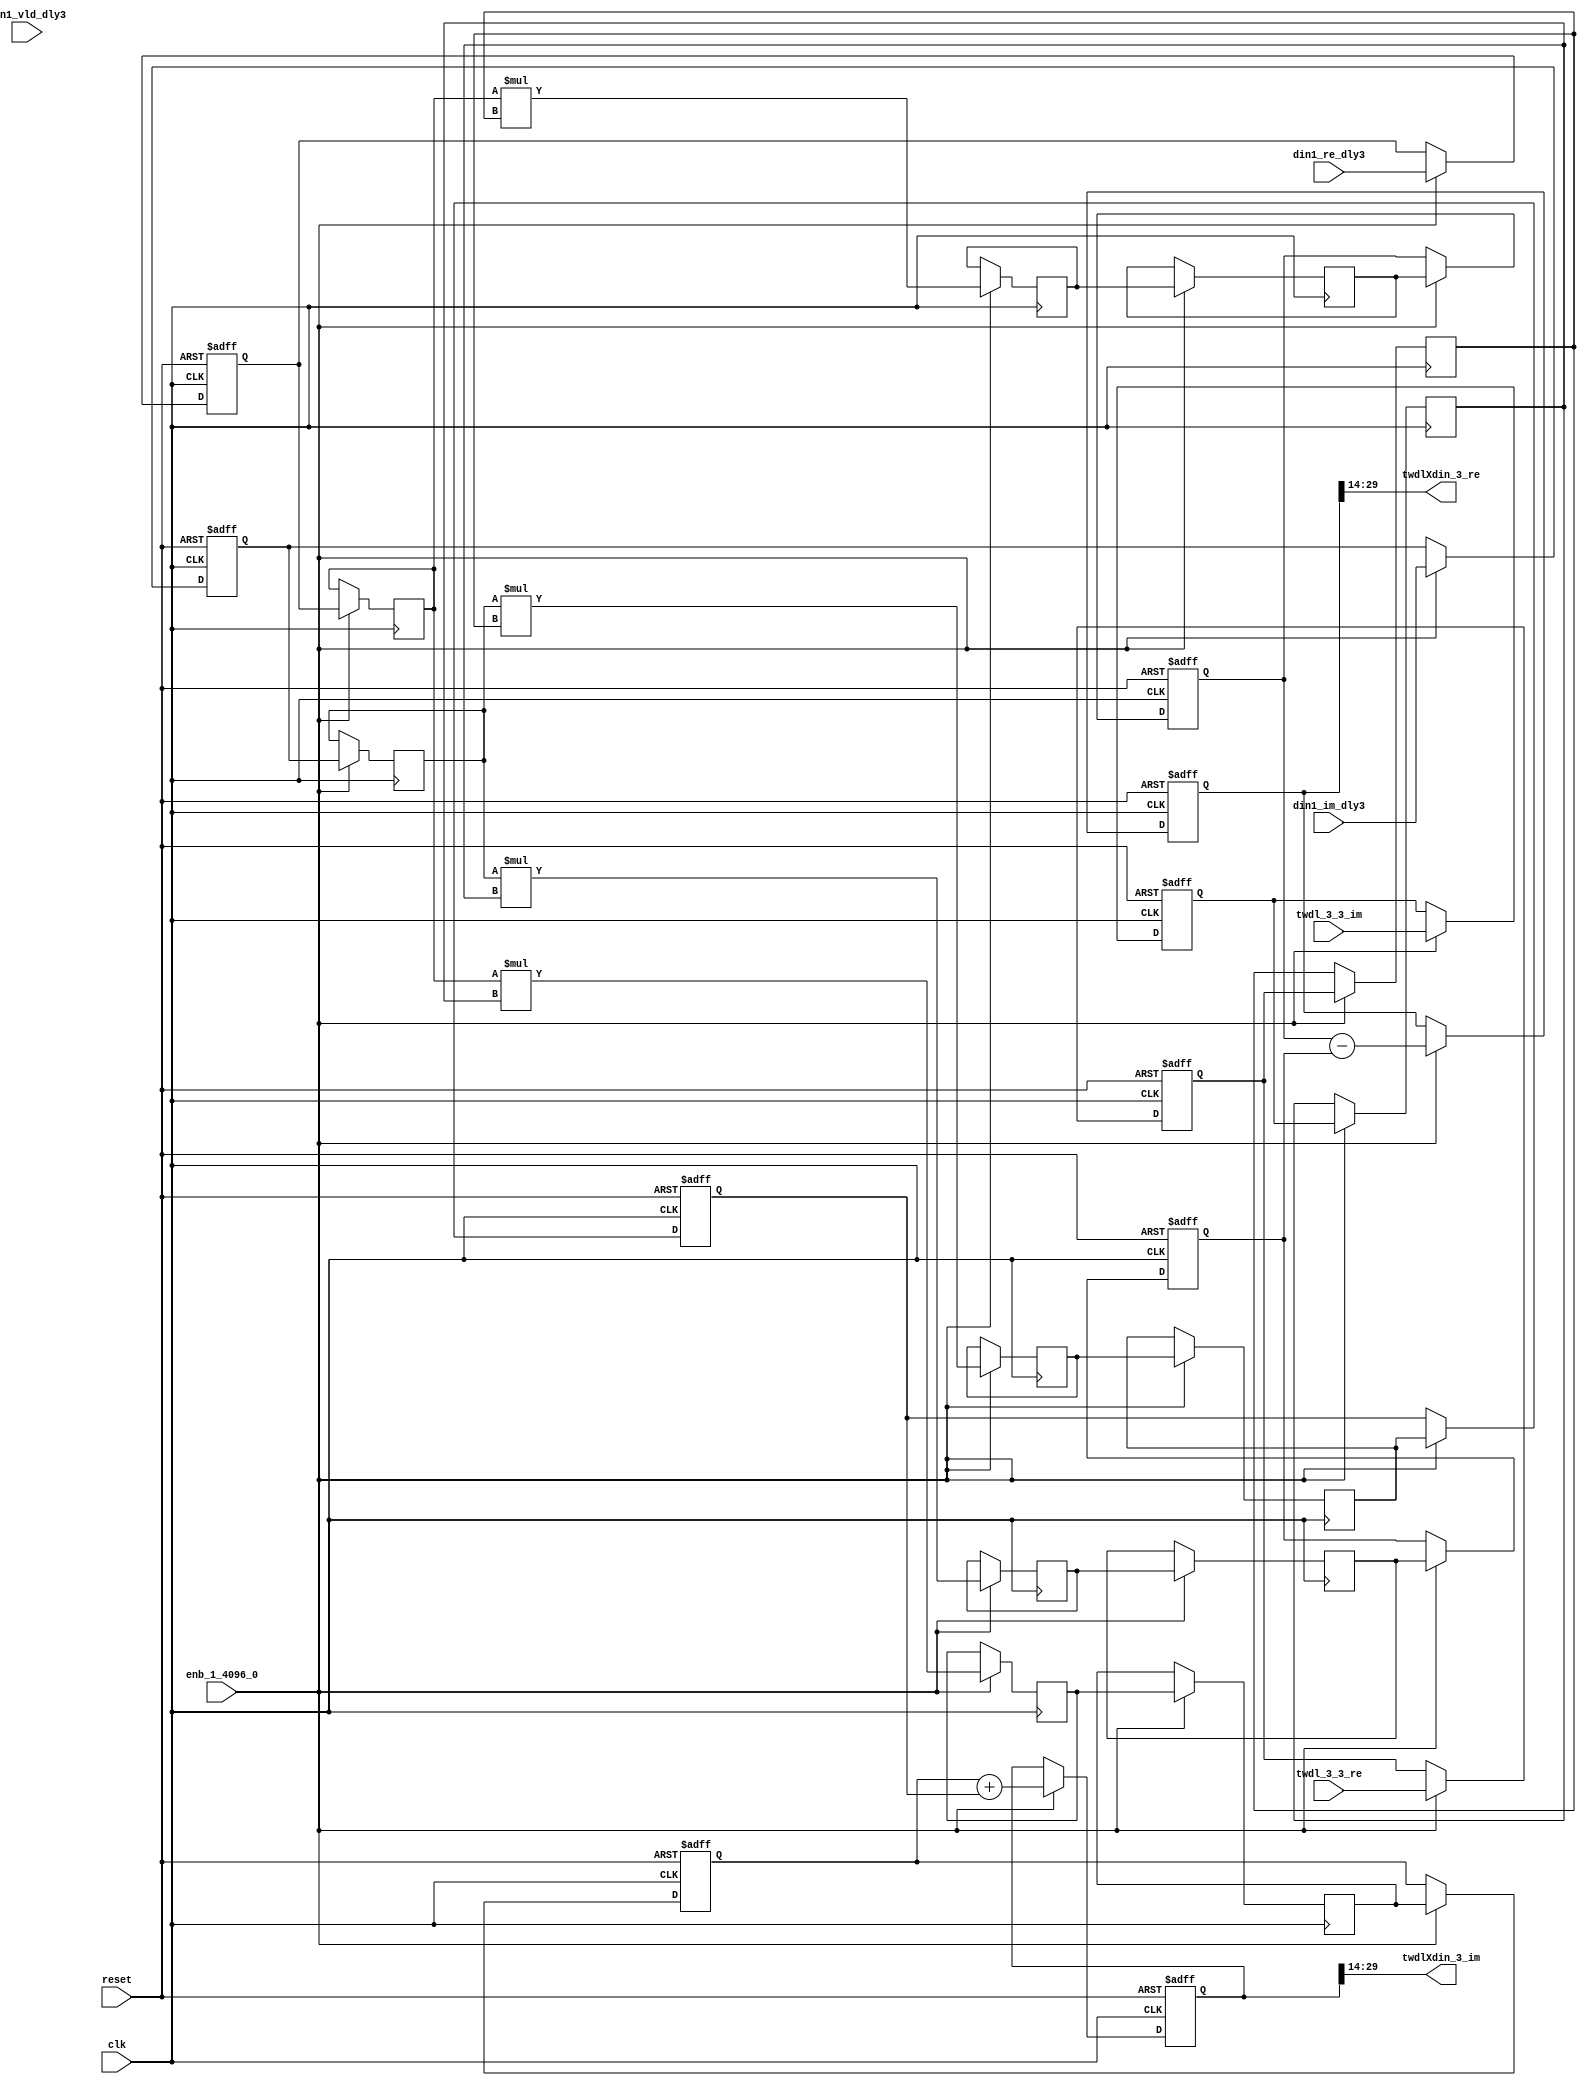
// -------------------------------------------------------------
// 
// 
// Generated by MATLAB 9.14 and HDL Coder 4.1
// 
// -------------------------------------------------------------


// -------------------------------------------------------------
// 
// Module: Complex4Multiply_block
// Source Path: dsphdl.IFFT/TWDLMULT_SDNF1_3/Complex4Multiply
// Hierarchy Level: 5
// 
// -------------------------------------------------------------

`timescale 1 ns / 1 ns

module Complex4Multiply_block
          (clk,
           reset,
           enb_1_4096_0,
           din1_re_dly3,
           din1_im_dly3,
           din1_vld_dly3,
           twdl_3_3_re,
           twdl_3_3_im,
           twdlXdin_3_re,
           twdlXdin_3_im);


  input   clk;
  input   reset;
  input   enb_1_4096_0;
  input   signed [15:0] din1_re_dly3;  // sfix16_En14
  input   signed [15:0] din1_im_dly3;  // sfix16_En14
  input   din1_vld_dly3;
  input   signed [15:0] twdl_3_3_re;  // sfix16_En14
  input   signed [15:0] twdl_3_3_im;  // sfix16_En14
  output  signed [15:0] twdlXdin_3_re;  // sfix16_En14
  output  signed [15:0] twdlXdin_3_im;  // sfix16_En14


  reg signed [15:0] din_re_reg;  // sfix16_En14
  reg signed [15:0] din_im_reg;  // sfix16_En14
  reg signed [15:0] twdl_re_reg;  // sfix16_En14
  reg signed [15:0] twdl_im_reg;  // sfix16_En14
  reg signed [15:0] Complex4Multiply_din1_re_pipe1;  // sfix16
  reg signed [15:0] Complex4Multiply_din1_im_pipe1;  // sfix16
  reg signed [31:0] Complex4Multiply_mult1_re_pipe1;  // sfix32
  reg signed [31:0] Complex4Multiply_mult2_re_pipe1;  // sfix32
  reg signed [31:0] Complex4Multiply_mult1_im_pipe1;  // sfix32
  reg signed [31:0] Complex4Multiply_mult2_im_pipe1;  // sfix32
  reg signed [15:0] Complex4Multiply_twiddle_re_pipe1;  // sfix16
  reg signed [15:0] Complex4Multiply_twiddle_im_pipe1;  // sfix16
  reg signed [31:0] prod1_re;  // sfix32_En28
  reg signed [31:0] prod1_im;  // sfix32_En28
  reg signed [31:0] prod2_re;  // sfix32_En28
  reg signed [31:0] prod2_im;  // sfix32_En28
  reg  din_vld_dly1;
  reg  din_vld_dly2;
  reg  din_vld_dly3;
  reg  prod_vld;
  reg signed [32:0] Complex4Add_multRes_re_reg;  // sfix33
  reg signed [32:0] Complex4Add_multRes_im_reg;  // sfix33
  reg  Complex4Add_prod_vld_reg1;
  reg signed [31:0] Complex4Add_prod1_re_reg;  // sfix32
  reg signed [31:0] Complex4Add_prod1_im_reg;  // sfix32
  reg signed [31:0] Complex4Add_prod2_re_reg;  // sfix32
  reg signed [31:0] Complex4Add_prod2_im_reg;  // sfix32
  wire signed [32:0] Complex4Add_multRes_re_reg_next;  // sfix33_En28
  wire signed [32:0] Complex4Add_multRes_im_reg_next;  // sfix33_En28
  wire signed [32:0] Complex4Add_sub_cast;  // sfix33_En28
  wire signed [32:0] Complex4Add_sub_cast_1;  // sfix33_En28
  wire signed [32:0] Complex4Add_add_cast;  // sfix33_En28
  wire signed [32:0] Complex4Add_add_cast_1;  // sfix33_En28
  wire signed [32:0] mulResFP_re;  // sfix33_En28
  wire signed [32:0] mulResFP_im;  // sfix33_En28
  reg  twdlXdin1_vld;

  initial begin
    Complex4Multiply_din1_re_pipe1 = 16'sb0000000000000000;
    Complex4Multiply_din1_im_pipe1 = 16'sb0000000000000000;
    Complex4Multiply_twiddle_re_pipe1 = 16'sb0000000000000000;
    Complex4Multiply_twiddle_im_pipe1 = 16'sb0000000000000000;
    Complex4Multiply_mult1_re_pipe1 = 32'sb00000000000000000000000000000000;
    Complex4Multiply_mult2_re_pipe1 = 32'sb00000000000000000000000000000000;
    Complex4Multiply_mult1_im_pipe1 = 32'sb00000000000000000000000000000000;
    Complex4Multiply_mult2_im_pipe1 = 32'sb00000000000000000000000000000000;
    prod1_re = 32'sb00000000000000000000000000000000;
    prod2_re = 32'sb00000000000000000000000000000000;
    prod1_im = 32'sb00000000000000000000000000000000;
    prod2_im = 32'sb00000000000000000000000000000000;
  end

  always @(posedge clk or posedge reset)
    begin : intdelay_process
      if (reset == 1'b1) begin
        din_re_reg <= 16'sb0000000000000000;
      end
      else begin
        if (enb_1_4096_0) begin
          din_re_reg <= din1_re_dly3;
        end
      end
    end



  always @(posedge clk or posedge reset)
    begin : intdelay_1_process
      if (reset == 1'b1) begin
        din_im_reg <= 16'sb0000000000000000;
      end
      else begin
        if (enb_1_4096_0) begin
          din_im_reg <= din1_im_dly3;
        end
      end
    end



  always @(posedge clk or posedge reset)
    begin : intdelay_2_process
      if (reset == 1'b1) begin
        twdl_re_reg <= 16'sb0000000000000000;
      end
      else begin
        if (enb_1_4096_0) begin
          twdl_re_reg <= twdl_3_3_re;
        end
      end
    end



  always @(posedge clk or posedge reset)
    begin : intdelay_3_process
      if (reset == 1'b1) begin
        twdl_im_reg <= 16'sb0000000000000000;
      end
      else begin
        if (enb_1_4096_0) begin
          twdl_im_reg <= twdl_3_3_im;
        end
      end
    end



  // Complex4Multiply
  always @(posedge clk)
    begin : Complex4Multiply_process
      if (enb_1_4096_0) begin
        prod1_re <= Complex4Multiply_mult1_re_pipe1;
        prod2_re <= Complex4Multiply_mult2_re_pipe1;
        prod1_im <= Complex4Multiply_mult1_im_pipe1;
        prod2_im <= Complex4Multiply_mult2_im_pipe1;
        Complex4Multiply_mult1_re_pipe1 <= Complex4Multiply_din1_re_pipe1 * Complex4Multiply_twiddle_re_pipe1;
        Complex4Multiply_mult2_re_pipe1 <= Complex4Multiply_din1_im_pipe1 * Complex4Multiply_twiddle_im_pipe1;
        Complex4Multiply_mult1_im_pipe1 <= Complex4Multiply_din1_re_pipe1 * Complex4Multiply_twiddle_im_pipe1;
        Complex4Multiply_mult2_im_pipe1 <= Complex4Multiply_din1_im_pipe1 * Complex4Multiply_twiddle_re_pipe1;
        Complex4Multiply_twiddle_re_pipe1 <= twdl_re_reg;
        Complex4Multiply_twiddle_im_pipe1 <= twdl_im_reg;
        Complex4Multiply_din1_re_pipe1 <= din_re_reg;
        Complex4Multiply_din1_im_pipe1 <= din_im_reg;
      end
    end



  always @(posedge clk or posedge reset)
    begin : intdelay_4_process
      if (reset == 1'b1) begin
        din_vld_dly1 <= 1'b0;
      end
      else begin
        if (enb_1_4096_0) begin
          din_vld_dly1 <= din1_vld_dly3;
        end
      end
    end



  always @(posedge clk or posedge reset)
    begin : intdelay_5_process
      if (reset == 1'b1) begin
        din_vld_dly2 <= 1'b0;
      end
      else begin
        if (enb_1_4096_0) begin
          din_vld_dly2 <= din_vld_dly1;
        end
      end
    end



  always @(posedge clk or posedge reset)
    begin : intdelay_6_process
      if (reset == 1'b1) begin
        din_vld_dly3 <= 1'b0;
      end
      else begin
        if (enb_1_4096_0) begin
          din_vld_dly3 <= din_vld_dly2;
        end
      end
    end



  always @(posedge clk or posedge reset)
    begin : intdelay_7_process
      if (reset == 1'b1) begin
        prod_vld <= 1'b0;
      end
      else begin
        if (enb_1_4096_0) begin
          prod_vld <= din_vld_dly3;
        end
      end
    end



  // Complex4Add
  always @(posedge clk or posedge reset)
    begin : Complex4Add_process
      if (reset == 1'b1) begin
        Complex4Add_multRes_re_reg <= 33'sh000000000;
        Complex4Add_multRes_im_reg <= 33'sh000000000;
        Complex4Add_prod1_re_reg <= 32'sb00000000000000000000000000000000;
        Complex4Add_prod1_im_reg <= 32'sb00000000000000000000000000000000;
        Complex4Add_prod2_re_reg <= 32'sb00000000000000000000000000000000;
        Complex4Add_prod2_im_reg <= 32'sb00000000000000000000000000000000;
        Complex4Add_prod_vld_reg1 <= 1'b0;
        twdlXdin1_vld <= 1'b0;
      end
      else begin
        if (enb_1_4096_0) begin
          Complex4Add_multRes_re_reg <= Complex4Add_multRes_re_reg_next;
          Complex4Add_multRes_im_reg <= Complex4Add_multRes_im_reg_next;
          Complex4Add_prod1_re_reg <= prod1_re;
          Complex4Add_prod1_im_reg <= prod1_im;
          Complex4Add_prod2_re_reg <= prod2_re;
          Complex4Add_prod2_im_reg <= prod2_im;
          twdlXdin1_vld <= Complex4Add_prod_vld_reg1;
          Complex4Add_prod_vld_reg1 <= prod_vld;
        end
      end
    end

  assign Complex4Add_sub_cast = {Complex4Add_prod1_re_reg[31], Complex4Add_prod1_re_reg};
  assign Complex4Add_sub_cast_1 = {Complex4Add_prod2_re_reg[31], Complex4Add_prod2_re_reg};
  assign Complex4Add_multRes_re_reg_next = Complex4Add_sub_cast - Complex4Add_sub_cast_1;
  assign Complex4Add_add_cast = {Complex4Add_prod1_im_reg[31], Complex4Add_prod1_im_reg};
  assign Complex4Add_add_cast_1 = {Complex4Add_prod2_im_reg[31], Complex4Add_prod2_im_reg};
  assign Complex4Add_multRes_im_reg_next = Complex4Add_add_cast + Complex4Add_add_cast_1;
  assign mulResFP_re = Complex4Add_multRes_re_reg;
  assign mulResFP_im = Complex4Add_multRes_im_reg;



  assign twdlXdin_3_re = mulResFP_re[29:14];



  assign twdlXdin_3_im = mulResFP_im[29:14];



endmodule  // Complex4Multiply_block